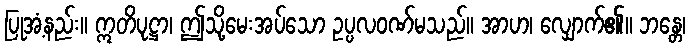
ပြုအံ့နည်း။ ဣတိပုဋ္ဌာ၊ ဤသို့မေးအပ်သော ဥပ္ပလဝဏ်မသည်။ အာဟ၊ လျှောက်၏။ ဘန္တေ၊